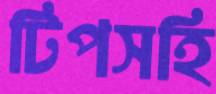
টিপসহি